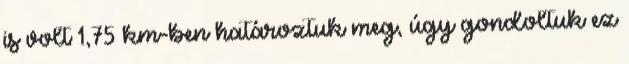
is volt 1,75 km-ben határoztuk meg, úgy gondoltuk ez